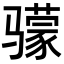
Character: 𬴌